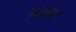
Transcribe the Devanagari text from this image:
प्रबंधसंग्रह